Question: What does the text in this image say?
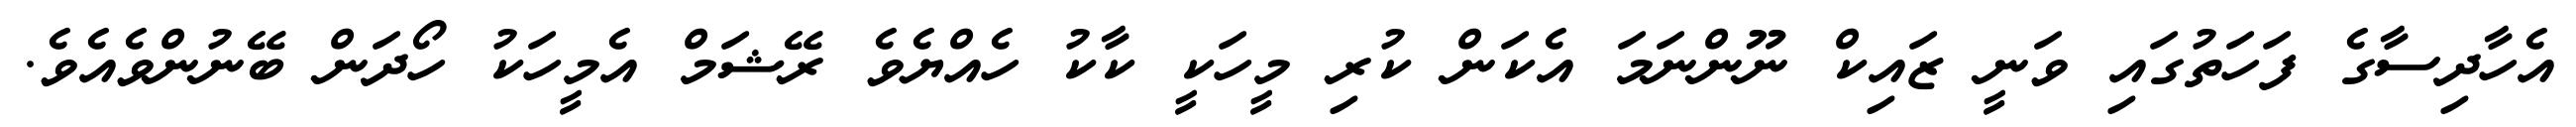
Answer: އެހާދިސާގެ ފަހަތުގައި ވަނީ ޒައިކް ނޫންނަމަ އެކަން ކުރި މީހަކީ ކާކު ހެއްޔެވެ ރޭޝަމް އެމީހަކު ހޯދަން ބޭނުންވެއެވެ.